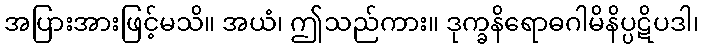
အပြားအားဖြင့်မသိ။ အယံ၊ ဤသည်ကား။ ဒုက္ခနိရောဓဂါမိနိပ္ပဋိပဒါ၊